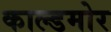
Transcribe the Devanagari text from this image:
काल्डमोर